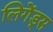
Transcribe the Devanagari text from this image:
लिगेंड्स